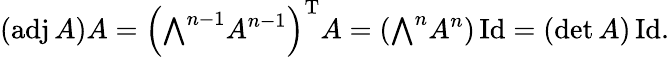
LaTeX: (\operatorname{adj}A)A=\left({\textstyle\bigwedge}^{n-1}A^{n-1}\right)^{\mathrm{T}}A=\left({\textstyle\bigwedge}^{n}A^{n}\right)\operatorname{Id}=(\operatorname*{det}A)\operatorname{Id}.